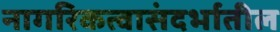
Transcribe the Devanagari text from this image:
नागरिकत्वासंदर्भातील